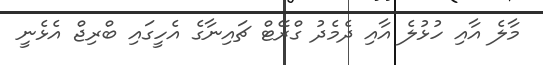
މާލެ އާއި ހުޅުލެ އާއި ދެމެދު ގްރޭޓް ޗައިނާގެ އެހީގައި ބްރިޖް އެޅެނީ